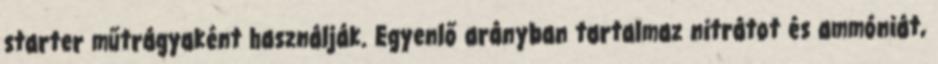
starter műtrágyaként használják. Egyenlő arányban tartalmaz nitrátot és ammóniát,